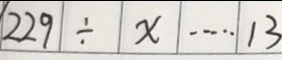
2 2 9 \div x \cdots 1 3